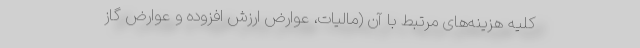
کلیه هزینه‌های مرتبط با آن (مالیات، عوارض ارزش افزوده و عوارض گاز